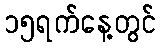
၁၅ရက်နေ့တွင်